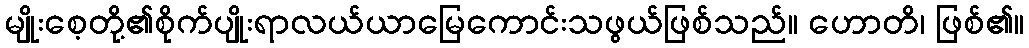
မျိုးစေ့တို့၏စိုက်ပျိုးရာလယ်ယာမြေကောင်းသဖွယ်ဖြစ်သည်။ ဟောတိ၊ ဖြစ်၏။